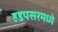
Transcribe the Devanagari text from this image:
हडपसरमध्ये